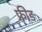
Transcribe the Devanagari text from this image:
फ्रीड